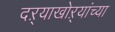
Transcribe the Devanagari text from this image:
दऱ्याखोऱ्यांच्या